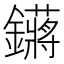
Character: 𬬙